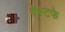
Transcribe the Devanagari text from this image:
वेस्टफे